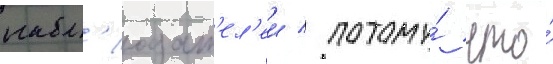
набл'юдат'ел'еи / потому́ что́